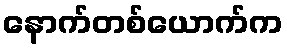
နောက်တစ်ယောက်က